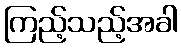
ကြည့်သည့်အခါ